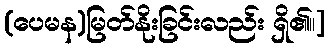
(ပေမန)မြတ်နိုးခြင်းလည်း ရှိ၏။]